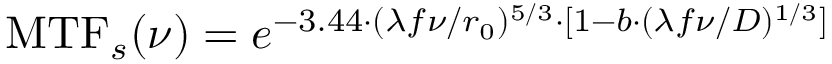
\operatorname { M T F } _ { s } ( \nu ) = e ^ { - 3 . 4 4 \cdot ( \lambda f \nu / r _ { 0 } ) ^ { 5 / 3 } \cdot [ 1 - b \cdot ( \lambda f \nu / D ) ^ { 1 / 3 } ] }